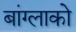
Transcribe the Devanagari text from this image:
बांग्लाको